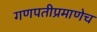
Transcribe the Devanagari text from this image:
गणपतीप्रमाणेच